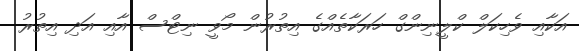
އަކާއި ވެހިކަލް ކްލީނިންގް ހަރަކާތެއްގެ އިތުރުން މޯވީ ނިޓްސް އާއި އަދި އިތުރު